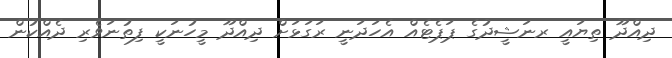
ދިއްދޫ ތިޔައީ ރނަޝީދުގެ ޕަޕެޓެއް އެހަދަނީ ރަގަޅަށް ދިއްދޫ މީހުނަކީ ފިތުނަވެރި ދެއްކުން